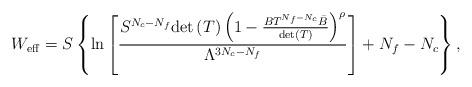
LaTeX: \begin{align*}W_{\rm eff}=S \left\{ \ln\left[\frac{S^{N_c-N_f}{\rm det}\left(T\right) \left(1- \frac{BT^{N_f-N_c}\bar{B}}{{\rm det}(T)}\right)^\rho}{\Lambda^{3N_c-N_f}} \right] +N_f-N_c\right\},\end{align*}